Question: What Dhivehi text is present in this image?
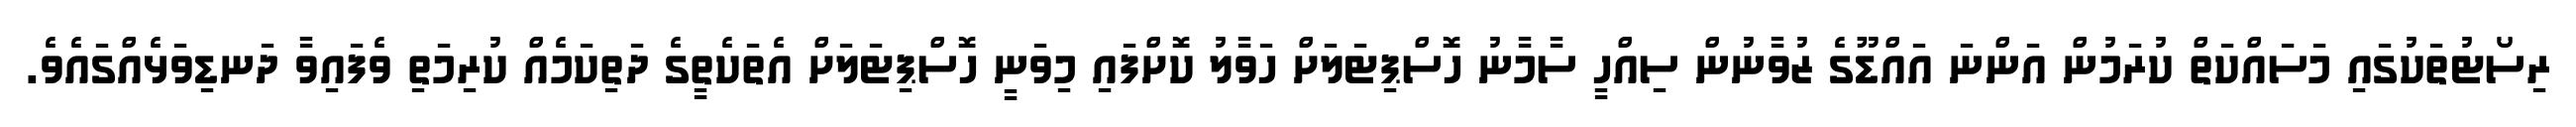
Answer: ރިސޯޓުތަކުގައި މަސައްކަތް ކުރަމުން އަންނަ އައްޑޫގެ ޒުވާނުން ސިއްހީ ސާމާނު ހޮސްޕިޓަލަށް ހަވާލު ކޮށްފައި މިވަނީ ހޮސްޕިޓަލަށް އެތަކެތީގެ ދަތިކަމެއް ކުރިމަތި ވެފައިވާ ދަނޑިވަޅެއްގައެވެ.